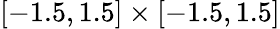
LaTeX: [-1.5,1.5]\times[-1.5,1.5]